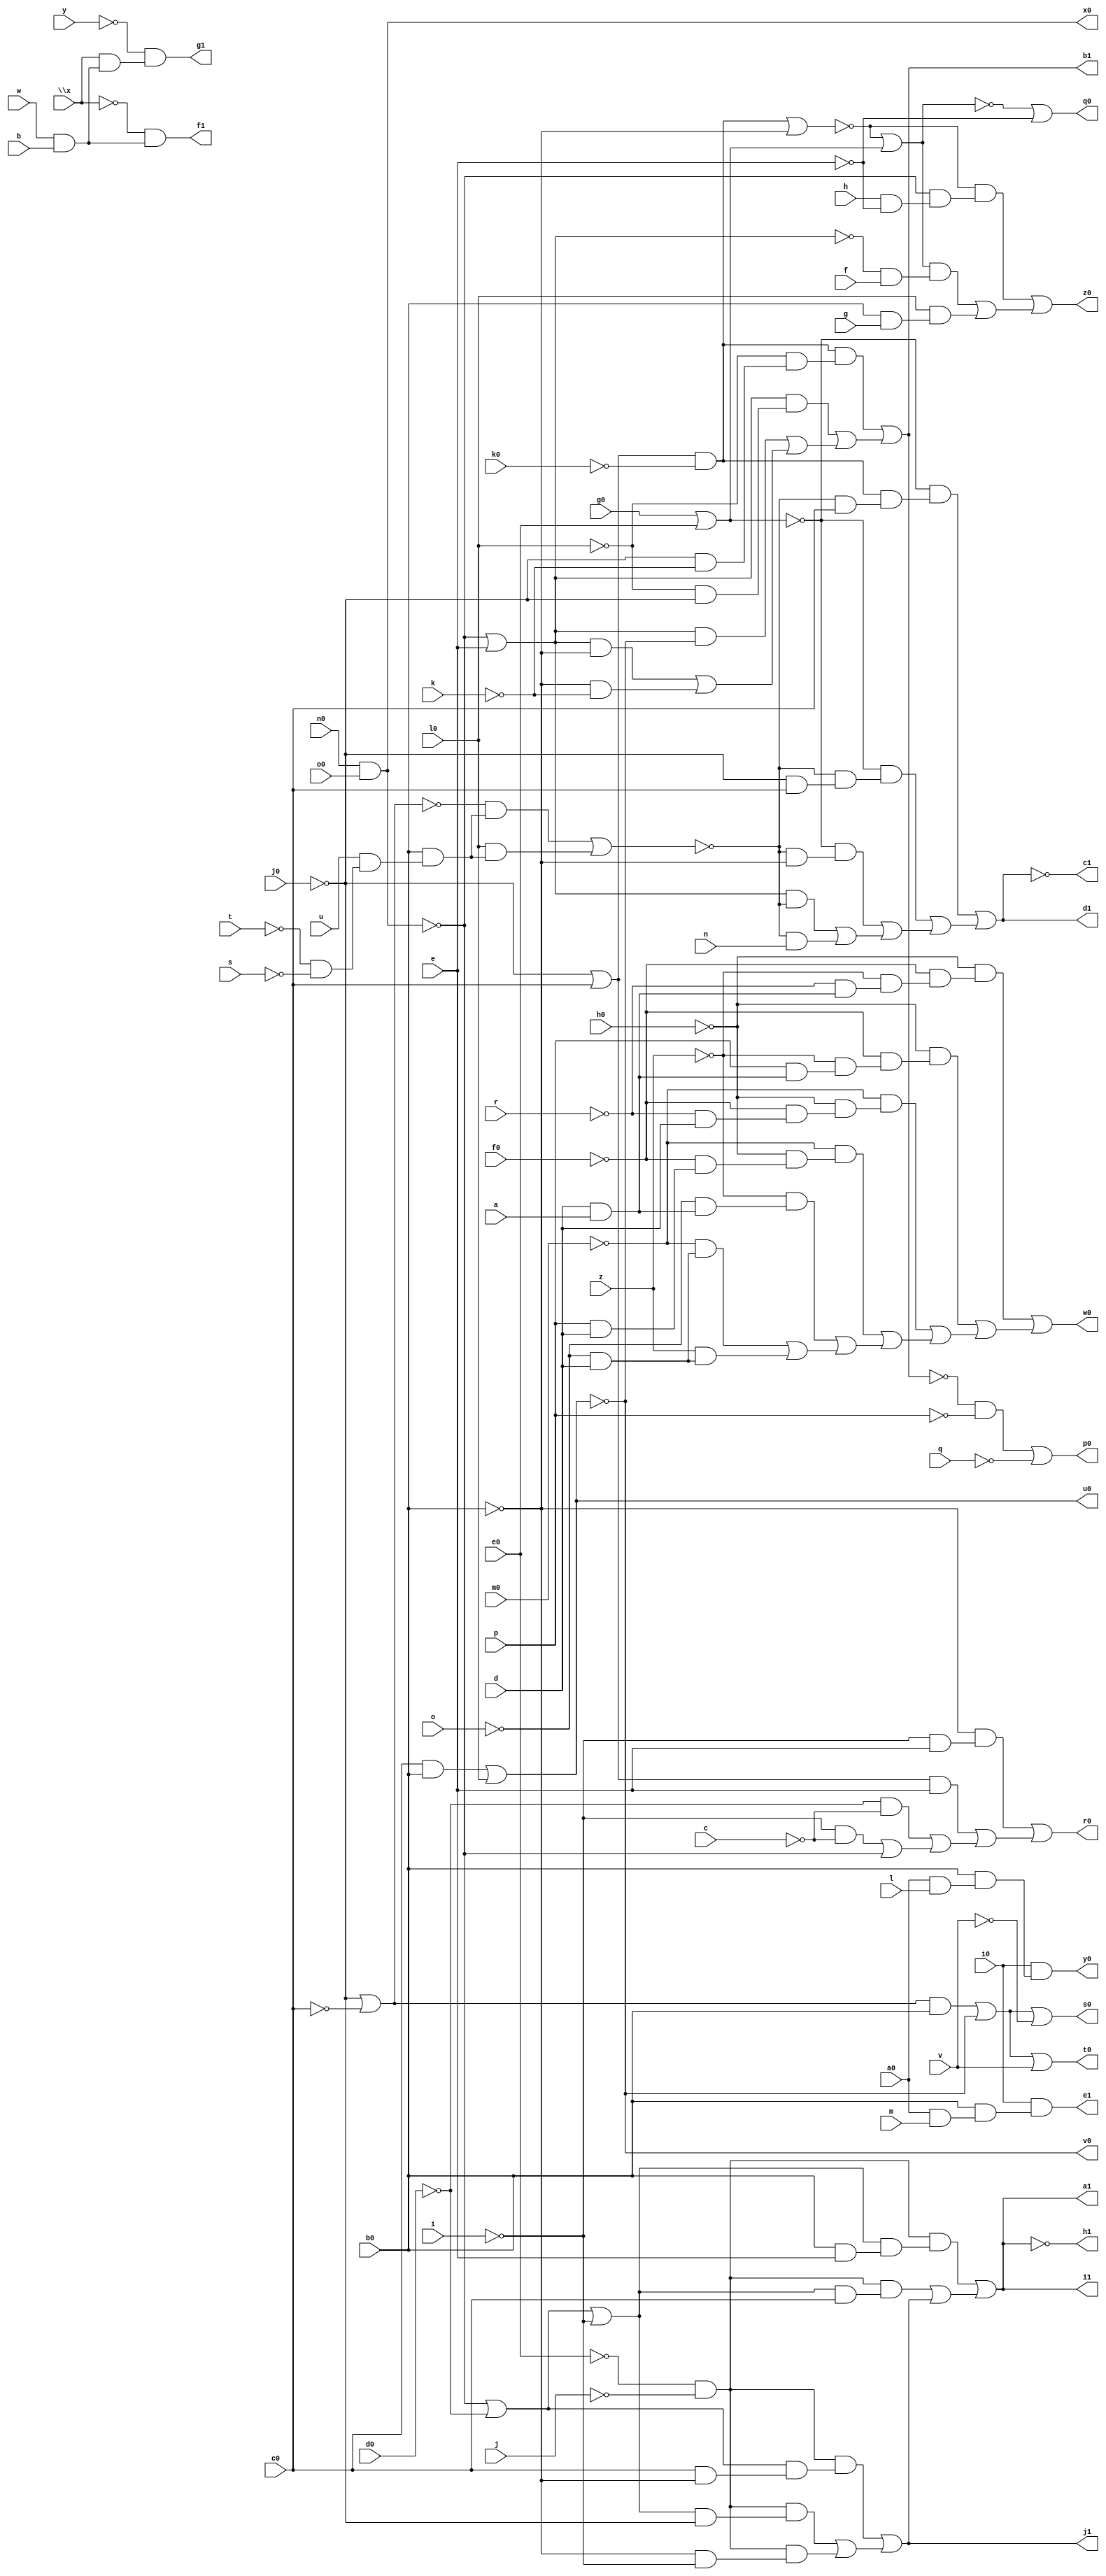
// IWLS benchmark module "b9" printed on Wed May 29 16:27:40 2002
module b9(a, b, c, d, e, f, g, h, i, j, k, l, m, n, o, p, q, r, s, t, u, v, w, \x , y, z, a0, b0, c0, d0, e0, f0, g0, h0, i0, j0, k0, l0, m0, n0, o0, p0, q0, r0, s0, t0, u0, v0, w0, x0, y0, z0, a1, b1, c1, d1, e1, f1, g1, h1, i1, j1);
input
  g0,
  h0,
  i0,
  j0,
  k0,
  l0,
  a,
  b,
  c,
  d,
  e,
  f,
  g,
  h,
  i,
  j,
  k,
  l,
  m0,
  m,
  n,
  o,
  p,
  q,
  r,
  s,
  t,
  u,
  v,
  w,
  \x ,
  y,
  z,
  n0,
  o0,
  a0,
  b0,
  c0,
  d0,
  e0,
  f0;
output
  g1,
  h1,
  i1,
  j1,
  p0,
  q0,
  r0,
  s0,
  t0,
  u0,
  v0,
  w0,
  x0,
  y0,
  z0,
  a1,
  b1,
  c1,
  d1,
  e1,
  f1;
wire
  f4,
  \[27] ,
  \[28] ,
  j4,
  \[10] ,
  \[11] ,
  \[12] ,
  \[13] ,
  \[0] ,
  \[15] ,
  \[1] ,
  \[16] ,
  \[31] ,
  \[2] ,
  \[17] ,
  \[32] ,
  \[3] ,
  s5,
  \[18] ,
  \[4] ,
  \[34] ,
  \[6] ,
  w2,
  \[7] ,
  \[8] ,
  \[38] ,
  \[9] ,
  \[20] ,
  \[21] ,
  \[23] ,
  \[24] ,
  \[25] ;
assign
  f4 = \[32]  & ~k0,
  g1 = \[17] ,
  h1 = \[18] ,
  \[27]  = ~e0 & ~j,
  i1 = \[11] ,
  \[28]  = ~j0 | ~c0,
  j1 = \[20] ,
  j4 = (c0 & b0) | l0,
  \[10]  = (~\[31]  & (~\[8]  & (h & ~e))) | ((\[34]  & (~\[23]  & f)) | (l0 & (b0 & g))),
  \[11]  = (\[27]  & (\[25]  & (b0 & e))) | ((\[27]  & (\[25]  & c0)) | \[20] ),
  \[12]  = (f4 & (~l0 & (~j0 & ~k))) | ((\[23]  & (~l0 & ~j0)) | ((\[23]  & ~j4) | ((\[23]  & ~b0) | (~b0 & ~k)))),
  \[13]  = ~w2,
  p0 = \[0] ,
  \[0]  = (~\[12]  & ~p) | ~q,
  \[15]  = i0 & (b0 & (a0 & m)),
  q0 = \[1] ,
  \[1]  = ~\[34]  | ~e,
  \[16]  = ~\x  & (w & b),
  r0 = \[2] ,
  \[31]  = f4 | ~b0,
  \[2]  = (~b0 & (~i & e)) | ((\[32]  & e) | ((~d0 & ~c) | ((~i & ~c) | ~\[8] ))),
  \[17]  = ~y & (\x  & (w & b)),
  s0 = \[3] ,
  \[32]  = ~j0 | c0,
  \[3]  = \[38]  | ~v,
  s5 = (~\[28]  & (b0 & (u & (~t & ~s)))) | (l0 & (b0 & (u & (~t & ~s)))),
  \[18]  = ~\[11] ,
  t0 = \[4] ,
  \[4]  = \[38]  | v,
  u0 = j4,
  \[34]  = ~\[31]  | \[24] ,
  v0 = \[6] ,
  \[6]  = ~j4,
  w0 = \[7] ,
  w2 = (~\[24]  & (f4 & (~s5 & c0))) | ((~\[24]  & (~s5 & (~j0 & c0))) | ((~\[24]  & (~s5 & ~b0)) | ((\[23]  & ~s5) | (~s5 & n)))),
  \[7]  = (~h0 & (~f0 & (~z & (~r & (d & a))))) | ((~h0 & (~f0 & (~z & (p & (d & a))))) | ((~m0 & (~h0 & (~f0 & (~r & d)))) | ((~m0 & (~h0 & (~f0 & (p & d)))) | ((~z & (~o & (d & a))) | ((~m0 & (~o & d)) | (z & (~o & d))))))),
  x0 = \[8] ,
  \[8]  = n0 & o0,
  y0 = \[9] ,
  \[38]  = (\[28]  & b0) | ~j4,
  \[9]  = i0 & (b0 & (a0 & l)),
  z0 = \[10] ,
  a1 = \[11] ,
  \[20]  = (\[27]  & (\[21]  & (c0 & ~b0))) | ((\[27]  & (\[25]  & ~j0)) | (\[27]  & (~b0 & ~i))),
  b1 = \[12] ,
  \[21]  = ~\[8]  | ~d0,
  c1 = \[13] ,
  d1 = w2,
  \[23]  = ~\[8]  | e,
  e1 = \[15] ,
  \[24]  = g0 | e0,
  f1 = \[16] ,
  \[25]  = \[21]  | ~i;
endmodule